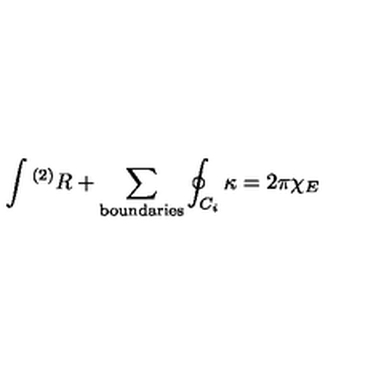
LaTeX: \int { } ^ { ( 2 ) } R + \sum _ { \mathrm { b o u n d a r i e s } } \oint _ { C _ { i } } \kappa = 2 \pi \chi _ { E }